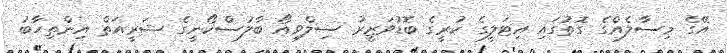
އޭގެ މިސާލެއްގެ ގޮތުގައި އިޓަލީގެ ކުރީގެ ބޮޑުވަޒީރު ސިލްވިއޯ ބާލުސްކޯނީގެ ޝަރީއަތް އިންތިހާބު